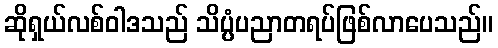
ဆိုရှယ်လစ်ဝါဒသည် သိပ္ပံပညာတရပ်ဖြစ်လာပေသည်။